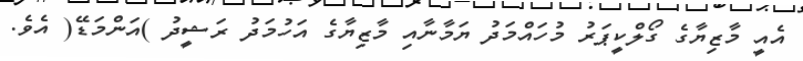
އެއީ މާޒިޔާގެ ގޯލްކީޕަރު މުހައްމަދު ޔަމާނާއި މާޒިޔާގެ އަހުމަދު ރަޝީދު )އަންމަޑޭ( އެވެ.